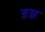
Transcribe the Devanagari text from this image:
इब्र